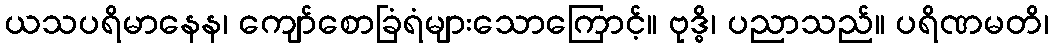
ယသပရိမာနေန၊ ကျော်စောခြံရံများသောကြောင့်။ ဗုဒ္ဓိ၊ ပညာသည်။ ပရိဏမတိ၊